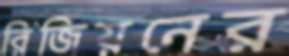
রিজিয়নের